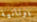
يونانية